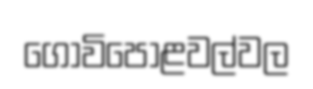
ගොවිපොළවල්වල